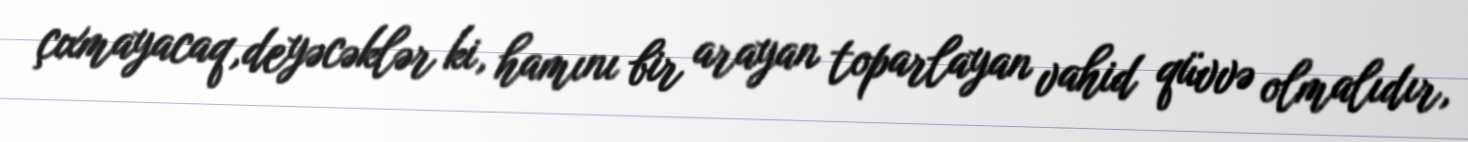
çıxmayacaq,deyəcəklər ki, hamını bir arayan toparlayan vahid qüvvə olmalıdır,